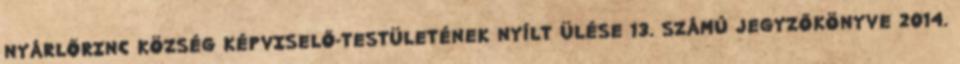
NYÁRLŐRINC KÖZSÉG KÉPVISELŐ-TESTÜLETÉNEK NYÍLT ÜLÉSE 13. SZÁMÚ JEGYZŐKÖNYVE 2014.